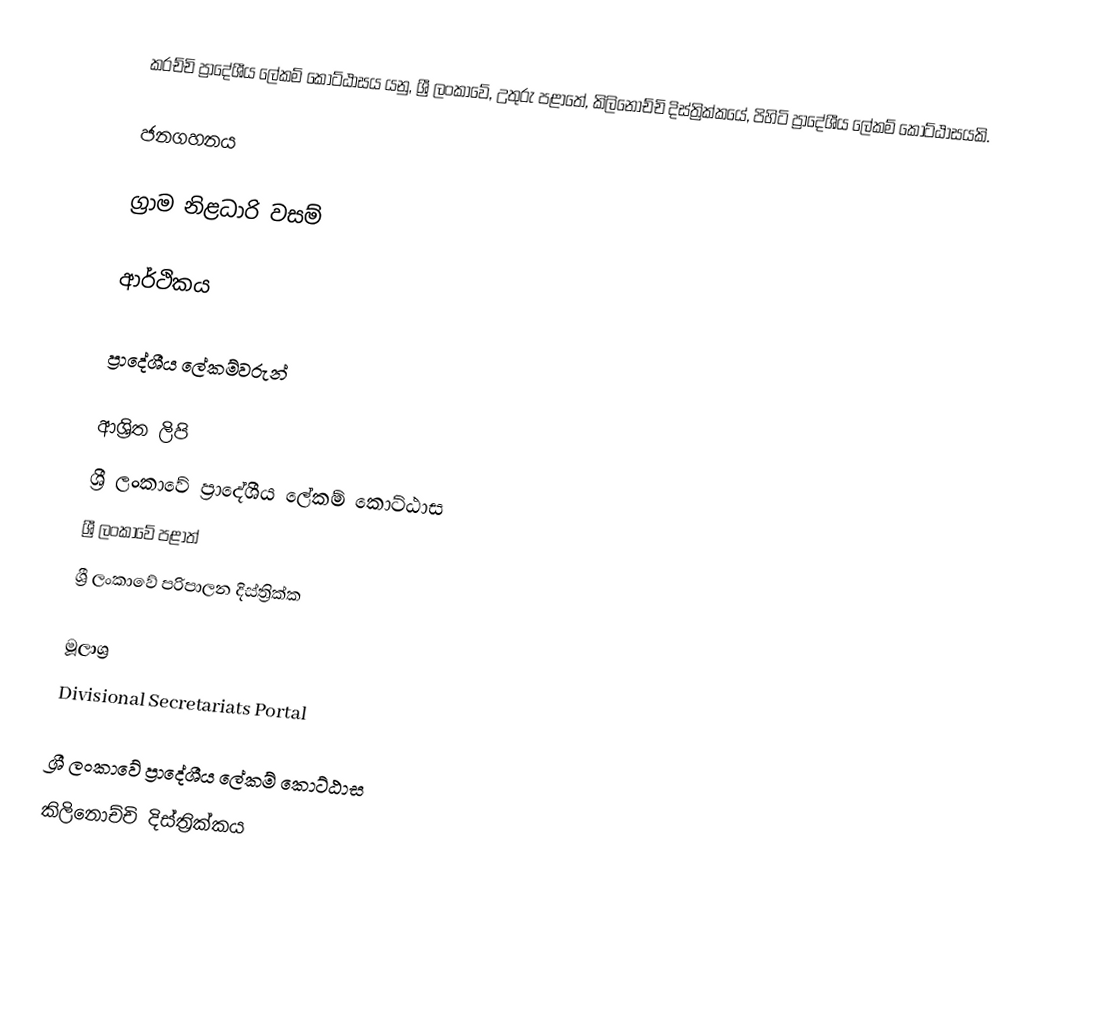
කරච්චි ප්‍රාදේශීය ලේකම් කොට්ඨාසය යනු,  ශ්‍රී ලංකාවේ, උතුරු පළාතේ,   කිලිනොච්චි දිස්ත්‍රික්කයේ, පිහිටි ප්‍රාදේශීය ලේකම් කොට්ඨාසයකි.

ජනගහනය

ග්‍රාම නිළධාරි වසම්

ආර්ථිකය

ප්‍රාදේශීය ලේකම්වරුන්

ආශ්‍රිත ලිපි
ශ්‍රී ලංකාවේ ප්‍රාදේශීය ලේකම් කොට්ඨාස
ශ්‍රී ලංකාවේ පළාත්
ශ්‍රී ලංකාවේ පරිපාලන දිස්ත්‍රික්ක

මූලාශ්‍ර
 Divisional Secretariats Portal

ශ්‍රී ලංකාවේ ප්‍රාදේශීය ලේකම් කොට්ඨාස
කිලිනොච්චි දිස්ත්‍රික්කය